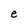
Character: e